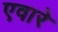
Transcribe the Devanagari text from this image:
एवारे